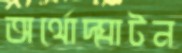
অর্থোদ্ঘাটন